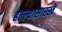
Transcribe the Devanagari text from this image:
हल्ल्यासारखे